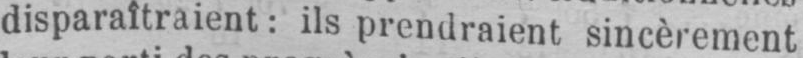
disparaîtraient: ils prendraient sincèrement